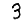
Digit: 3